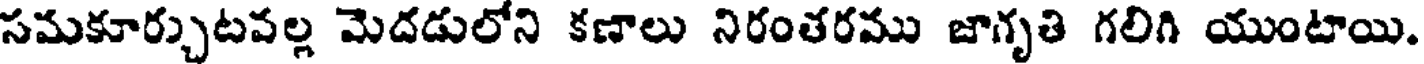
సమకూర్చుటవల్ల మెదడులోని కణాలు నిరంతరము జాగృతి గలిగి యుంటాయి.